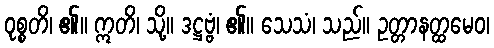
ဝုစ္စတိ၊ ၏။ ဣတိ၊ သို့။ ဒဋ္ဌဗ္ဗံ၊ ၏။ သေသံ၊ သည်။ ဥတ္တာနတ္ထမေဝ၊